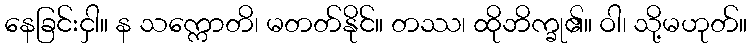
နေခြင်းငှါ။ န သက္ကောတိ၊ မတတ်နိုင်။ တဿ၊ ထိုဘိက္ခု၏။ ဝါ၊ သို့မဟုတ်။